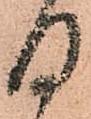
日